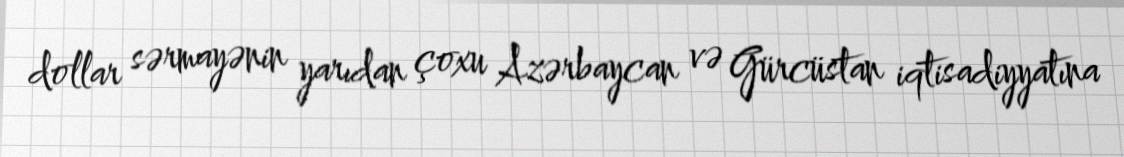
dollar sərmayənin yarıdan çoxu Azərbaycan və Gürcüstan iqtisadiyyatına